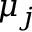
\mu _ { j }